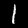
Label: 1